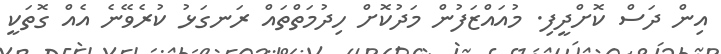
އިން ދަސް ކޮށްދީފި. މުއައްޒަފުން މަދުކޮށް ހިދުމަތްތައް ރަނގަޅު ކުރެވޭނެ އެއް ގޮތަކީ